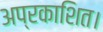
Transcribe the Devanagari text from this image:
अप्रकाशित।